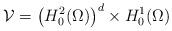
LaTeX: \begin{align*}\mathcal{V} = \left(H_0^2(\Omega)\right)^d \times H_0^1(\Omega) \end{align*}